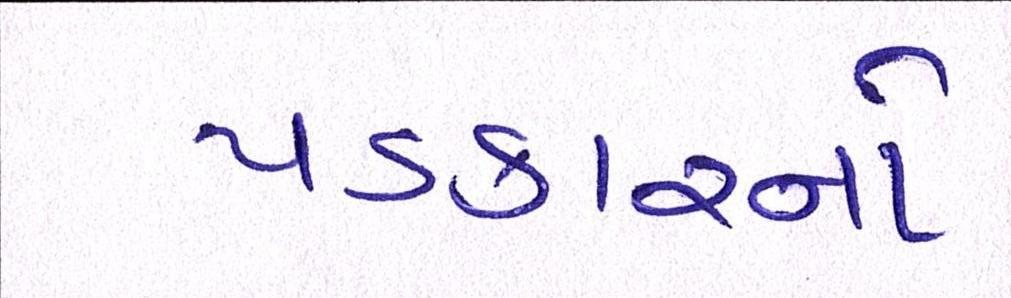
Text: પડકારનો